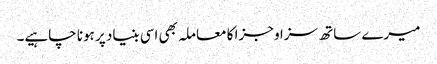
میرے ساتھ سزا و جزا کا معاملہ بھی اسی بنیاد پر ہونا چاہیے۔